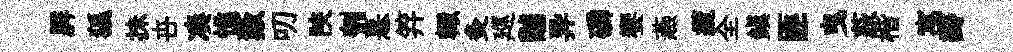
屛狐抺卋凑憔藪叨陝刳憙笄輙灸廵黼异磷饗燕纜全鎮匪曳荻楷寓瓣